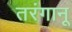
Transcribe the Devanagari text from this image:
तरंगानू